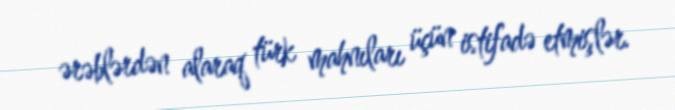
ərəblərdən alaraq türk mahnıları üçün istifadə etmişlər.